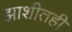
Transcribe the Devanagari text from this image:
झाशीतही